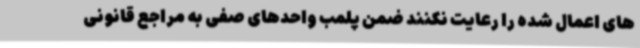
های اعمال شده را رعایت نکنند ضمن پلمب واحدهای صفی به مراجع قانونی